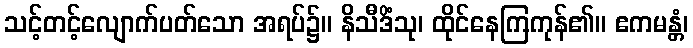
သင့်တင့်လျောက်ပတ်သော အရပ်၌။ နိသီဒိံသု၊ ထိုင်နေကြကုန်၏။ ဧကမန္တံ၊